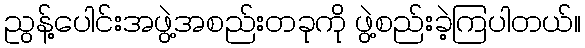
ညွန့်ပေါင်းအဖွဲ့အစည်းတခုကို ဖွဲ့စည်းခဲ့ကြပါတယ်။